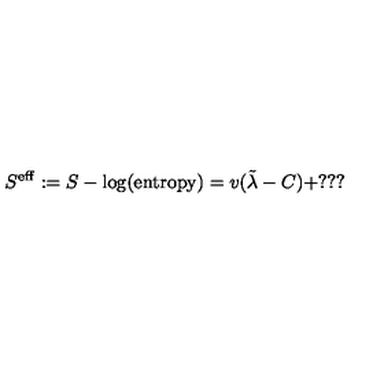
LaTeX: S ^ { \mathrm { e f f } } : = S - \log ( \mathrm { e n t r o p y } ) = v ( \tilde { \lambda } - C ) + ? ? ?